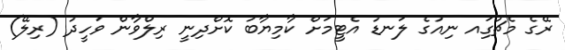
ރޭގެ މެޗުގަިއ ނިއުގެ ލަނޑު އެޓީމަށް ކާމިޔާބު ކޮށްދިނީ ރިލްވާން ވަހީދު (ރިލޭ)